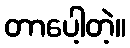
တာပေါ့တဲ့။